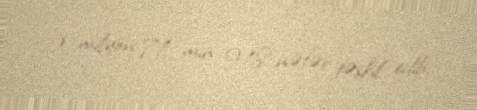
2 milyon 71 min 918 nəfər təşkil edib.